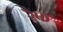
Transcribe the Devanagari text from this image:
रैफ